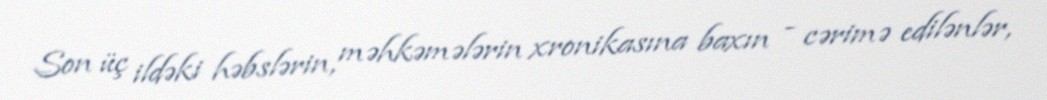
Son üç ildəki həbslərin, məhkəmələrin xronikasına baxın - cərimə edilənlər,